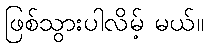
ဖြစ်သွားပါလိမ့် မယ်။